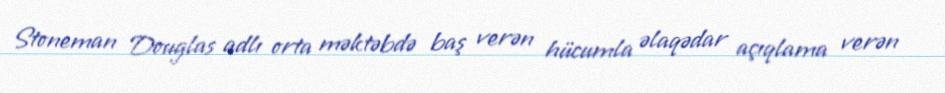
Stoneman Douglas adlı orta məktəbdə baş verən hücumla əlaqədar açıqlama verən